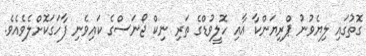
ގޮތުގައި ލިޔެވުނު ޕްރިޔަންކާާ އާއި ހޮލީވުޑްގެ ތަރި ނިކް ޖޯނަސްގެ ކައިވެނި ފާހަގަކޮށްލެވެއެވެ.